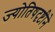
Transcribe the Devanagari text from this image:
ज्योतिषदृष्टीने